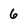
Character: 6